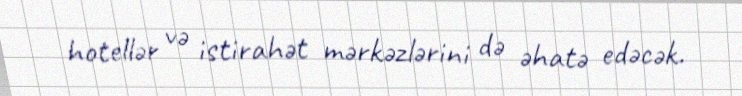
hotellər və istirahət mərkəzlərini də əhatə edəcək.